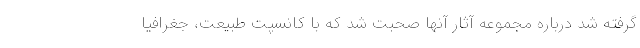
گرفته شد درباره مجموعه آثار آنها صحبت شد که با کانسپت طبیعت، جغرافیا